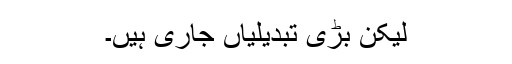
لیکن بڑی تبدیلیاں جاری ہیں۔